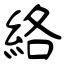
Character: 絡